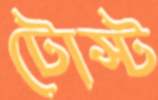
টোস্ট